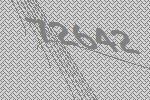
72642